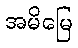
အမိမြေ